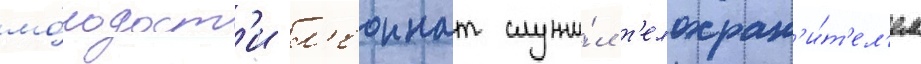
мо́лодост'и л'еоннат служи́л т'елохран'и́т'ел'ем